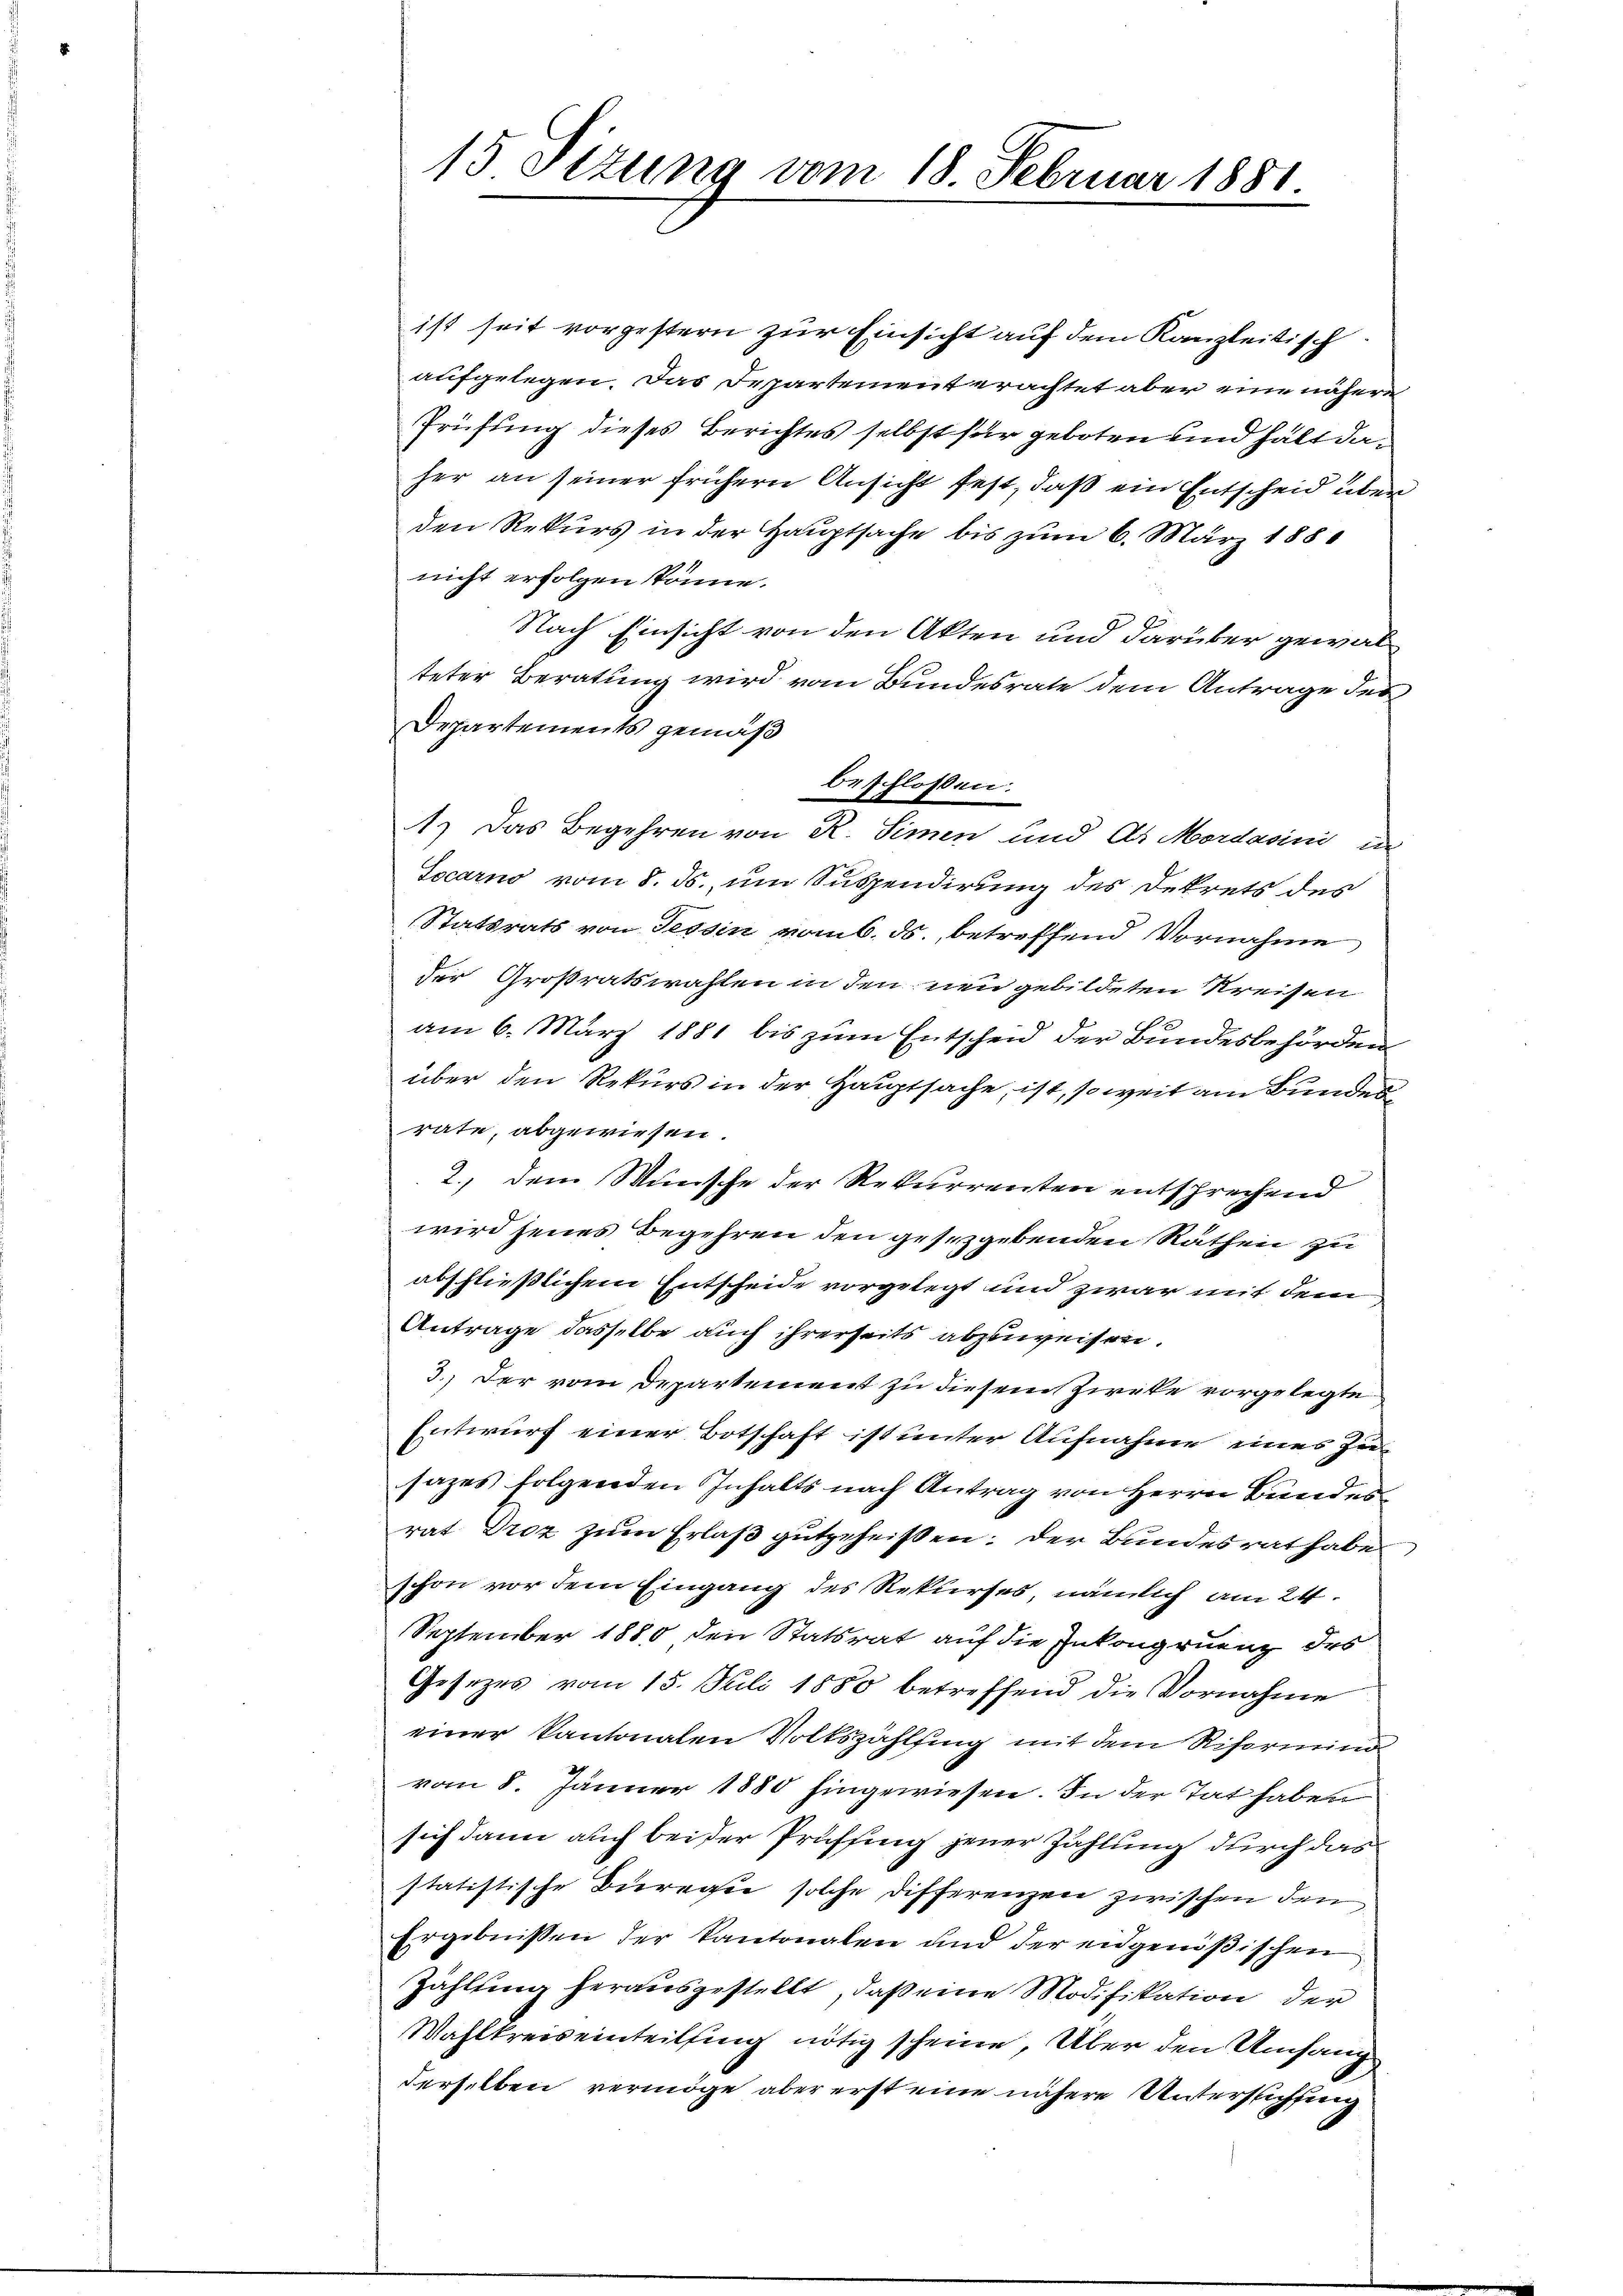
15 Sizung vom 18. Februar 1881

ist seit vorgestern zur Einsicht auf dem Kanzleitisch
aufgelegen. Das Departement erachtet aber eine nähere
Prüfung dieses Berichtes selbst für geboten und hält daher an seiner frühern Ansicht fest, daß ein Entscheid über
den Rekurs in der Hauptsache bis zum 6. März 188
nicht erfolgen könne.
Nach Einsicht von den Akten und darüber gewalteter Beratung wird vom Bundesrate dem Antrage der
Departements gemäß
1.) Das Begehren von R. Simmen und Dr. Mordasini in
Tocarno vom 8. ds. um Suspendirung des Dekrets des
Statsrats von Tessin vom 6. ds., betreffend Vornahme
der Großratswahlen in den neu gebildeten Kreisen
am 6. März 1881 bis zum Entscheid der Bundesbehörden
über den Rekurs in der Hauptsache, ist, soweit am Bundesräte, abgewiesen.
2., dem Wunsche der Rekurrenten entsprechend
wird jenes Begehren den gesetzgebenden Räthen zu
abschließlichem Entscheide vorgelegt und zwar mit dem
Antrage dasselbe auch ihrerseits abzuweisen.
3.) Der vom Departement zu diesem Zirke vorgelegte
Entwurf einer Botschaft ist unter Aufnahme eines Ziesazes folgenden Inhalts nach Antrag von Herrn Bundes
rat Droz zum Erlaß gutgeheißen; der Bundesrat habe
schon vor dem Eingang des Rekurses, nämlich am 24.
September 1880 den Statsrat auf die Inkongruenz des
Gesetzes vom 15. Juli 1880 betreffend die Vornahme
einer kantonalen Volkszählsing mit dem Riformind
vom 8. Jänner 1880 hingewiesen. In der Tat haben
sich dann auch bei der Prüfsing jener Zahlung durch das
statistische Buregie solche Differenzen zwischen den
Ergebnissen der Kantonalen und der engenößischen
Zahlung herausgestellt, daß eine Modifikation der
Wahlkreiseinteilung nötig scheine, Über den Umfang
derselben vermöge aber erst eine nähere Unterstichung

beschlossen: